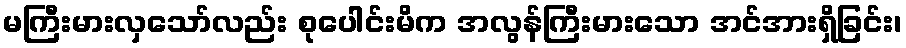
မကြီးမားလှသော်လည်း စုပေါင်းမိက အလွန်ကြီးမားသော အင်အားရှိခြင်း၊